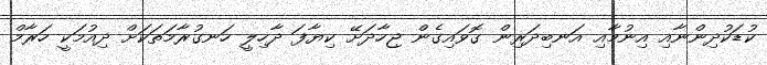
ކުޑަކުދިންނާއި އިނުމާއި އަނބިދަރިން ގޮވައިގެން ޖިހާދަށޭ ކިޔާފަ ދާހިލީ ހަނގުރާމަތަކަށް ދިއުމަކީ ހަރާމް